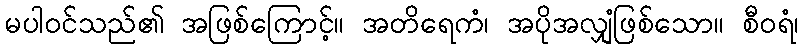
မပါဝင်သည်၏ အဖြစ်ကြောင့်။ အတိရေကံ၊ အပိုအလျှံဖြစ်သော။ စီဝရံ၊